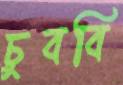
চুববি